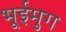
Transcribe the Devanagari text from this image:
भूईमुग